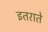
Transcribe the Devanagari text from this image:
इतराते